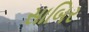
સાબિર